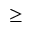
\geq